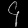
Digit: ၄